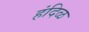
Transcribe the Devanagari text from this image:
हंदिळ